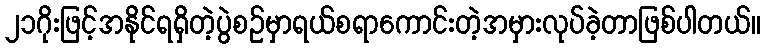
၂၁ဂိုးဖြင့်အနိုင်ရရှိတဲ့ပွဲစဉ်မှာရယ်စရာကောင်းတဲ့အမှားလုပ်ခဲ့တာဖြစ်ပါတယ်။